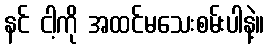
နင် ငါ့ကို အထင်မသေးစမ်းပါနဲ့။